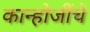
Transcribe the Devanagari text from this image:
कान्होजींचे